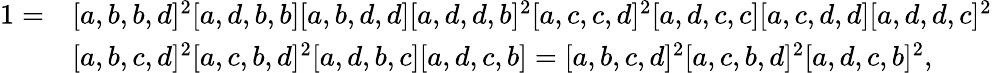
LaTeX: \begin{array}{rl}{1=}&{[a,b,b,d]^{2}[a,d,b,b][a,b,d,d][a,d,d,b]^{2}[a,c,c,d]^{2}[a,d,c,c][a,c,d,d][a,d,d,c]^{2}}\\ &{[a,b,c,d]^{2}[a,c,b,d]^{2}[a,d,b,c][a,d,c,b]=[a,b,c,d]^{2}[a,c,b,d]^{2}[a,d,c,b]^{2},}\end{array}